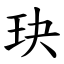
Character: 玦